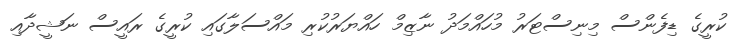
ކުރީގެ ޑިފެންސް މިނިސްޓަރު މުހައްމަދު ނާޒިމް ހައްޔަރުކުރި މައްސަލާގައި ކުރީގެ ރައީސް ނަޝީދާއި